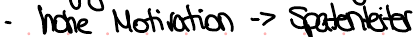
- hohe Motivation -> Spaltenleiter